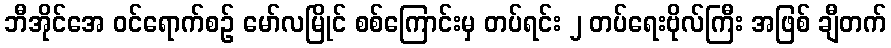
ဘီအိုင်အေ ဝင်ရောက်စဉ် မော်လမြိုင် စစ်ကြောင်းမှ တပ်ရင်း ၂ တပ်ရေးဗိုလ်ကြီး အဖြစ် ချီတက်